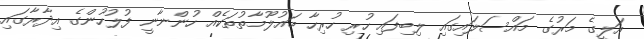
އަލީގެ މަރުގެ މައްސަލައިގައި ލިބިފައި ހުރި ހުރިހާ މައުލޫމާތުތަކެއް ހުންނާނީ ފުލުހުންގެ އިދާރާގައި